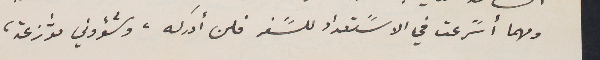
ومهما أسًرعت في الاسًتعداد للسًفر فلن أدركه، وشؤوني موﱣزعة،